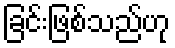
ခြင်းဖြစ်သည်ဟု